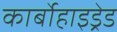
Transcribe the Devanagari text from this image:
कार्बोहाइड्रेड